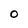
Character: 0